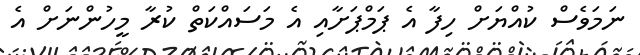
ނަމަވެސް ކުއްޔަށް ހިފާ އެ ޕަމްޕަށާއި އެ މަސައްކަތް ކުރާ މީހުންނަށް އެ